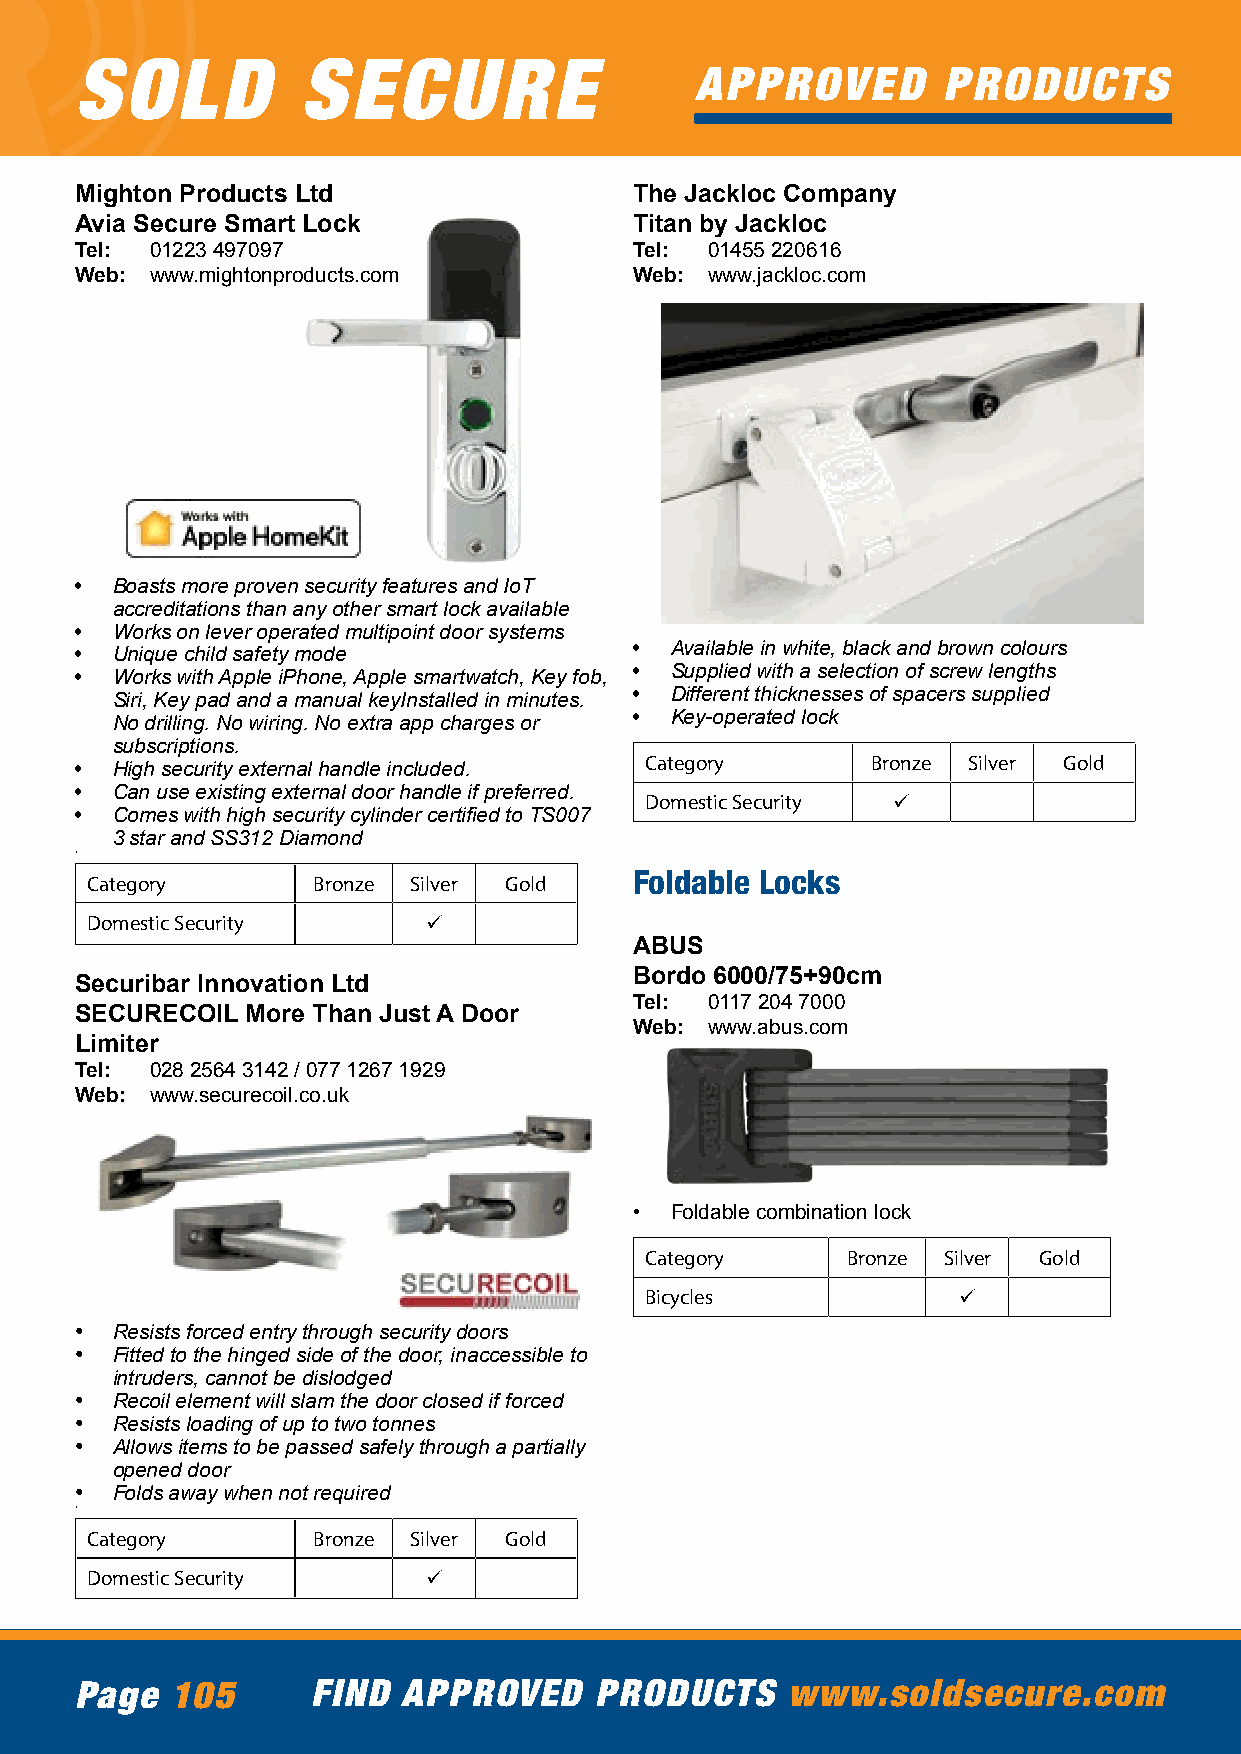
SOLD           SECURE
 APPROVED        PRODUCTS
 Mighton Products Ltd                 The Jackloc Company
 Avia Secure Smart Lock               Titan by Jackloc
 Tel: 01223 497097                    Tel: 01455 220616
 Web: www.mightonproducts.com         Web: www.jackloc.com
 • Boasts more proven security features and IoT
 accreditations than any other smart lock available
 • Works on lever operated multipoint door systems
 • Unique child safety mode           • Available in white, black and brown colours
 • Works with Apple iPhone, Apple smartwatch, Key fob, • Supplied with a selection of screw lengths
 Siri, Key pad and a manual keyInstalled in minutes. • Different thicknesses of spacers supplied
 No drilling. No wiring. No extra app charges or • Key-operated lock
 subscriptions.
 • High security external handle included. Category   Bronze Silver Gold
 • Can use existing external door handle if preferred.
 Domestic Security ü
 • Comes with high security cylinder certified to TS007
 3 star and SS312 Diamond
 •
 Foldable Locks
 Category       Bronze Silver Gold
 Domestic Security     ü
 ABUS
 Bordo 6000/75+90cm
 Securibar Innovation Ltd
 Tel: 0117 204 7000
 SECURECOIL More Than Just A Door
 Web: www.abus.com
 Limiter
 Tel: 028 2564 3142 / 077 1267 1929
 Web: www.securecoil.co.uk
 • Foldable combination lock
 Category     Bronze Silver Gold
 Bicycles            ü
 • Resists forced entry through security doors
 • Fitted to the hinged side of the door, inaccessible to
 intruders, cannot be dislodged
 • Recoil element will slam the door closed if forced
 • Resists loading of up to two tonnes
 • Allows items to be passed safely through a partially
 opened door
 • Folds away when not required
 •
 Category       Bronze Silver Gold
 Domestic Security     ü
 Page  105       FIND  APPROVED    PRODUCTS     www.soldsecure.com